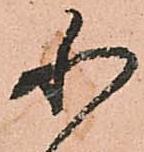
小